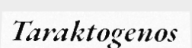
Taraktogenos